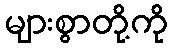
များစွာတို့ကို